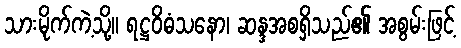
သားမိုက်ကဲ့သို့။ ရဋ္ဌဝိဓံသနော၊ ဆန္ဒအစရှိသည်၏ အစွမ်းဖြင့်